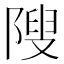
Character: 𱀥